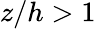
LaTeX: z/h>1